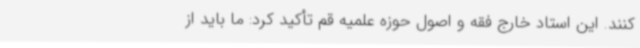
کنند. این استاد خارج فقه و اصول حوزه علمیه قم تأکید کرد: ما باید از